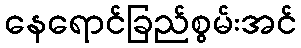
နေရောင်ခြည်စွမ်းအင်